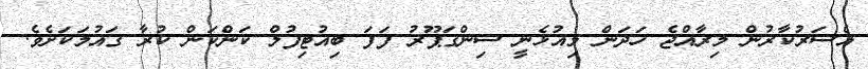
އެސަރުކާރުން މިރާއްޖެ ހަދަން މިއުޅެނީ ސިންގަޕޫރު ފަފަ ބިއުޓިފުލް ކަންކަން ކުރާ ގައުމަކަށެވެ.